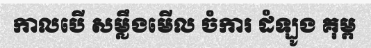
កាលបើ សម្លឹងមើល ចំការ ដំឡូង គុម្ព